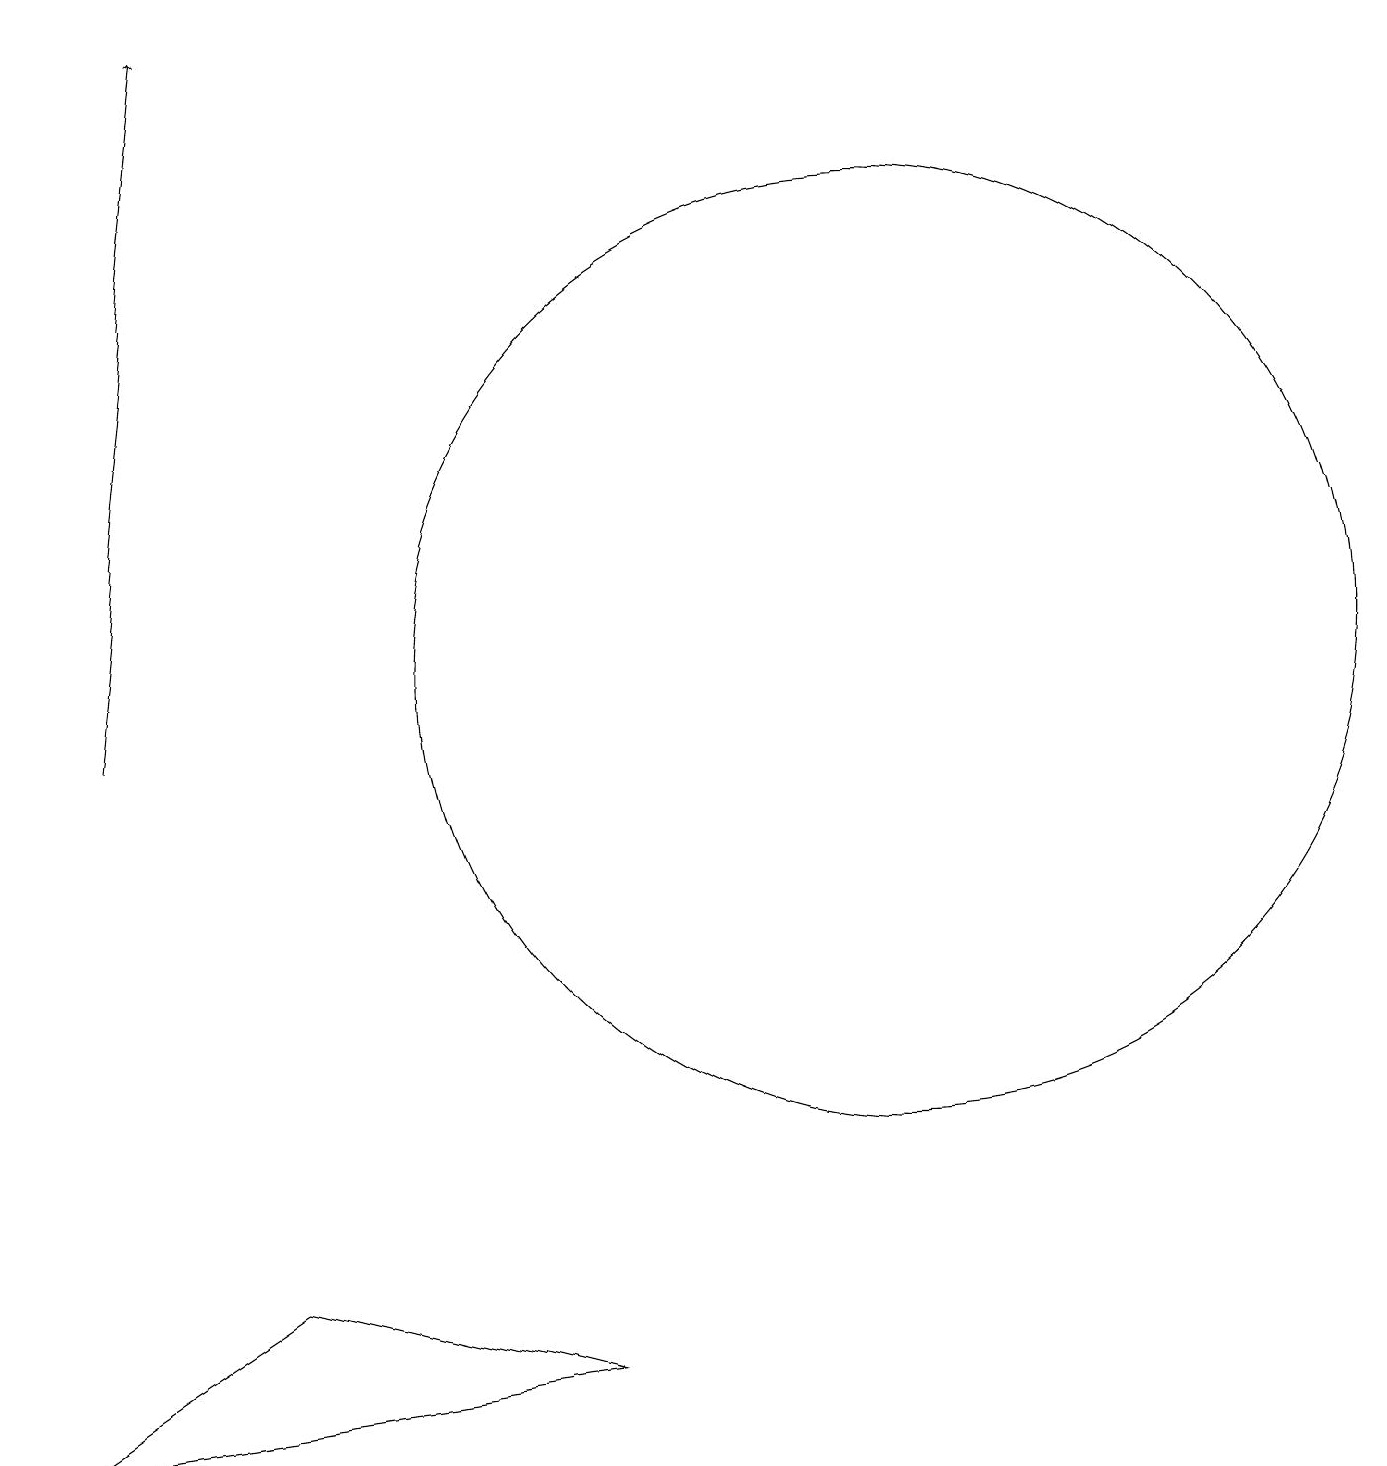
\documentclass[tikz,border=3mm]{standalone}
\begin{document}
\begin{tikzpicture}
\draw[->] (2,10) -- (3,19);
\draw (12,11) circle (6);
\draw (8,2) -- (4,3) -- (1,1) -- cycle;
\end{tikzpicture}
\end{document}